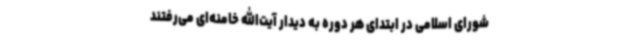
شورای اسلامی در ابتدای هر دوره به دیدار آیت‌الله خامنه‌ای می‌رفتند